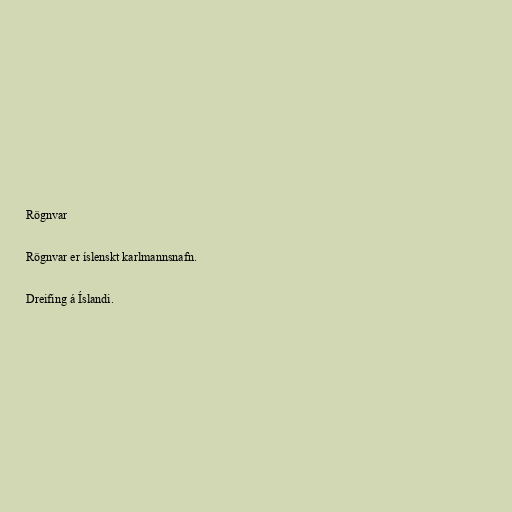
Rögnvar

Rögnvar er íslenskt karlmannsnafn.

Dreifing á Íslandi.